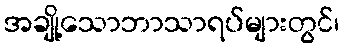
အချို့သောဘာသာရပ်များတွင်၊